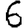
Digit: 6